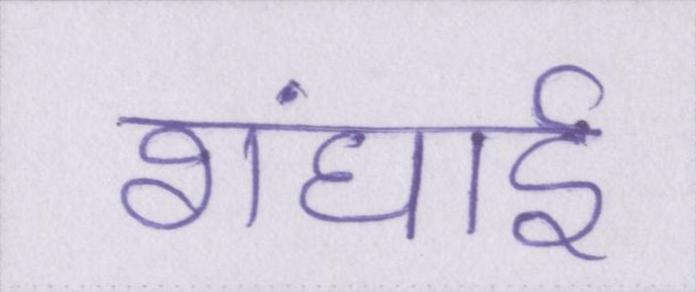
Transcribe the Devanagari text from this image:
शंघाई